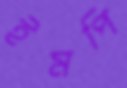
ইমপি